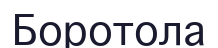
Боротола